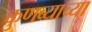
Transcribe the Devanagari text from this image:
कुणब्याच्या